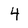
Character: 4